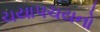
ચયાપચયનો